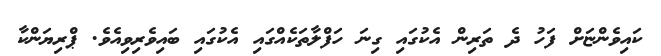
ކައިވެންޏަށް ފަހު ދެ ތަރިން އެކުގައި ގިނަ ހަފްލާތަކެއްގައި އެކުގައި ބައިވެރިވިއެވެ. ޕްރިޔަންކާ